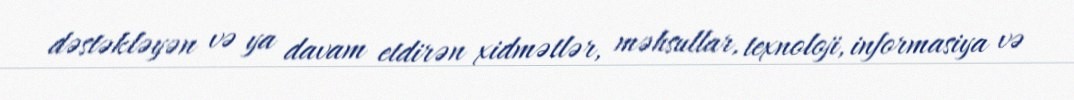
dəstəkləyən və ya davam etdirən xidmətlər, məhsullar, texnoloji, informasiya və